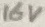
Text: 16V